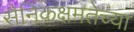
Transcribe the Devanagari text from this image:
सैनिकक्षमतेच्या